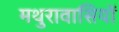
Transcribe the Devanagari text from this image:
मथुरावासियों